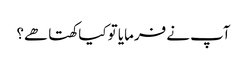
آپ نے فرمایا تو کیا کھتا ھے؟